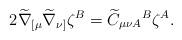
LaTeX: \begin{align*}2\widetilde{\nabla }_{[\mu }\widetilde{\nabla }_{\nu ]}\zeta ^{B}=\widetilde{C}_{\mu \nu A}{}^{B}\zeta ^{A}. \end{align*}